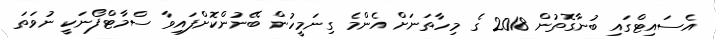
އެސައިޓްގައި ބުނާގޮތުން 2018 ގެ މިހާތަނަށް އެންމެ ގިނަމީހުން ބޭނުންކޮށްފައިވާ ސްމާޓްފޯނަކީ ނުވަތަ